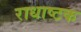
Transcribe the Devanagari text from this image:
राधाष्टक